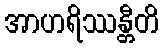
အာဟရိဿန္တီတိ